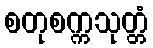
စတုစက္ကသုတ္တံ